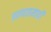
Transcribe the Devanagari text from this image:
प्रवणतामापी